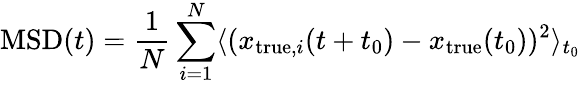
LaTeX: \mathrm{MSD}(t)=\frac{1}{N}\sum_{i=1}^{N}\langle(x_{\mathrm{true},i}(t+t_{0})-x_{\mathrm{true}}(t_{0}))^{2}\rangle_{t_{0}}